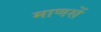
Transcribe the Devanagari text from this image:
माणसें